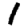
Digit: 1